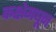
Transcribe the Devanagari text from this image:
कक्षेमधून